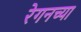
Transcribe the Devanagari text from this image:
रेगनच्या